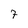
Character: 7